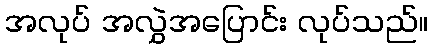
အလုပ် အလွှဲအပြောင်း လုပ်သည်။